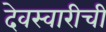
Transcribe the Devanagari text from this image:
देवस्वारीची